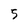
Character: 5